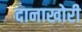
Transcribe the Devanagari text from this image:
दानाखोरी